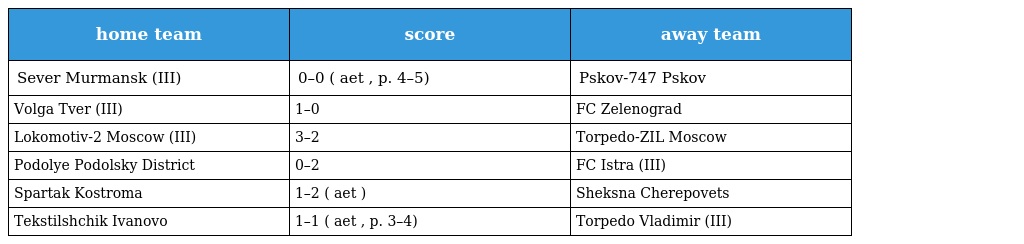
| home team | score | away team |
 | --- | --- | --- |
 | Sever Murmansk (III) | 0–0 ( aet , p. 4–5) | Pskov-747 Pskov |
 | Volga Tver (III) | 1–0 | FC Zelenograd |
 | Lokomotiv-2 Moscow (III) | 3–2 | Torpedo-ZIL Moscow |
 | Podolye Podolsky District | 0–2 | FC Istra (III) |
 | Spartak Kostroma | 1–2 ( aet ) | Sheksna Cherepovets |
 | Tekstilshchik Ivanovo | 1–1 ( aet , p. 3–4) | Torpedo Vladimir (III) |